Annual report of the Punjab Veterinary College and of the Civil Veterinary Department, Punjab - 1926-1932
Year: 1926
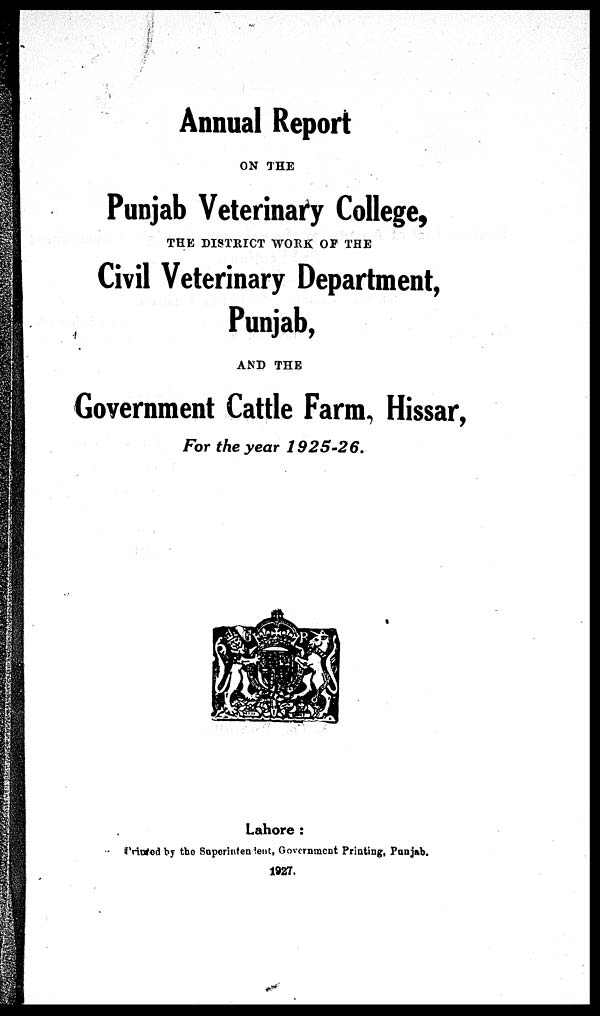
Annual Report
ON THE
Punjab Veterinary College,
THE DISTRICT WORK OF THE
Civil Veterinary Department,
Punjab,
AND THE
Government Cattle Farm, Hissar,
For the year 1925-26.
Lahore:
Printed by the Superintendent, Government Printing, Punjab.
1927.